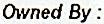
OWNED BY :